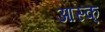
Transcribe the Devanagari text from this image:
आस्क्